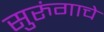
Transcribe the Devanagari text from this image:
सुरुंगाचे